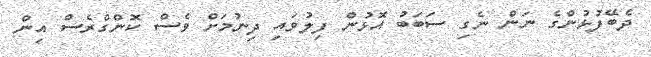
ދެބޭފުޅުންގެ ނަން ނެގި ސަބަބު އޮޅުން ފިލުވައި ދިނުމަށް ވެސް ކޮންގްރެސް އިން